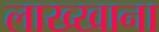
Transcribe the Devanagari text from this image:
लाख्खाना